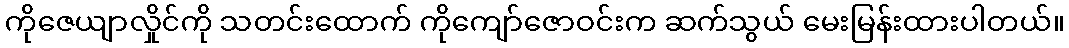
ကိုဇေယျာလှိုင်ကို သတင်းထောက် ကိုကျော်ဇောဝင်းက ဆက်သွယ် မေးမြန်းထားပါတယ်။